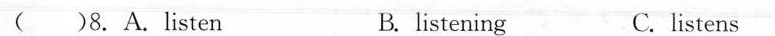
( ) 8.A.listen B.listening C.listens